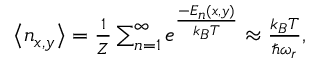
\begin{array} { r } { \big < n _ { x , y } \big > = \frac { 1 } { Z } \sum _ { n = 1 } ^ { \infty } e ^ { \frac { - E _ { n } ( x , y ) } { k _ { B } T } } \approx \frac { k _ { B } T } { \hbar \omega _ { r } } , } \end{array}